Insane asylums in Bengal annual reports 1867-1875 - 1867-1875
Year: 1867
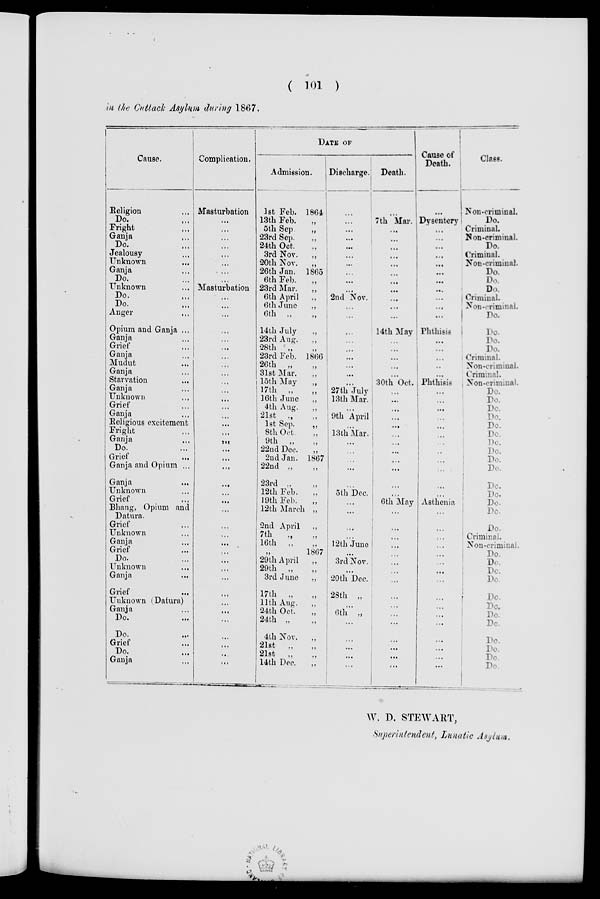
( 101 )
in the Cuttack Asylum during 1867.
Cause.
Religion ...
Do. ...
Fright ...
Ganja ...
Do. ...
Jealousy ...
Unknown ...
Ganja ...
Do. ...
Unknown ...
Do. ...
Do. ...
Anger
...
Opium and Ganja ...
Ganja ...
Grief ...
Ganja ...
Mudut ...
Ganja ...
Starvation ...
Ganja ...
Unknown ...
Grief ...
Ganja ...
Religious excitement
Fright ...
Ganja ...
Do. ...
Grief ...
Ganja and Opium ...
Ganja ...
Unknown ...
Grief ...
Bhang, Opium and
Datura.
Grief ...
Unknown ...
Ganja ...
Grief ...
Do. ...
Unknown
...
Ganja ...
Grief ...
Unknown (Datura)
Ganja ...
Do. ...
Do. ...
Grief ...
Do. ...
Ganja ...
Complication.
Masturbation
...
...
...
...
...
...
...
...
Masturbation
...
...
...
...
...
...
...
...
...
...
...
...
...
...
...
...
...
...
...
...
...
...
...
...
...
...
...
...
...
...
...
...
...
...
...
...
...
...
...
DATE OF
Admission.
1st Feb. 1864
13th Feb.
„
5th Sep
„
23rd Sep.
„
24th Oct.
„
3rd Nov.
„
20th Nov.
„
26th Jan. 1865
6th Feb.
„
23rd Mar. „
6th April
„
6th June
„
6th „
„
14th July „
23rd Aug.
„
28th
„
„
23rd Feb. 1866
26th „
„
31st Mar.
„
15th May
„
17th „ „
16th June
„
4th Aug.
.,
21st
„
„
1st Sep.
„
8th Oct „
9th „ „
22nd Dec. „
2nd Jan. 1867
22nd „ „
23rd „ „
12th Feb. „
19th Feb. „
12th March „
2nd April
„
7th
„ „
16th „ „
„ 1867
29th April
„
29th „ „
3rd June
„
17th „ „
11th Aug.
„
24th Oct. „
24th „
4th Nov. „
21st „ „
21st
„ „
14th Dec.
Discharge.
...
...
...
...
...
...
...
...
...
...
2nd Nov.
...
...
...
...
...
...
...
...
...
27th July
13th Mar.
...
9th April
...
13th Mar.
...
...
...
...
...
5th Dec.
...
...
...
...
12th June
...
3rd Nov.
...
20th Dec.
28th „
...
6th „
...
...
...
...
...
Death.
...
7th Mar.
...
...
...
...
...
...
...
...
...
...
...
14th May
...
...
...
...
...
30th Oct.
...
...
...
...
...
...
...
...
...
...
...
...
6th May
...
...
...
...
...
...
...
...
...
...
...
...
...
...
...
...
Cause of
Death.
...
Dysentery
...
...
...
...
...
...
...
...
...
...
...
Phthisis
...
...
...
...
...
Phthisis
...
...
...
...
...
...
...
...
...
...
...
...
Asthenia
...
...
...
...
...
...
...
...
...
...
...
...
...
...
...
...
Class.
Non-criminal.
Do.
Criminal.
Non-criminal.
Do.
Criminal.
Non-criminal.
Do.
Do.
Do.
Criminal.
Non-criminal.
Do.
Do.
Do.
Do.
Criminal.
Non-criminal.
Criminal.
Non-criminal.
Do.
Do.
Do.
Do
Do.
Do.
Do.
Do.
Do.
Do.
Do.
Do.
Do.
Do.
Do.
Criminal.
Non-criminal.
Do.
Do.
Do.
Do.
Do.
Do.
Do.
Do.
Do.
Do.
Do.
Do
W. D. STEWART,
Superintendent, Lunatic Asylum.